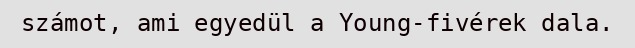
számot, ami egyedül a Young-fivérek dala.